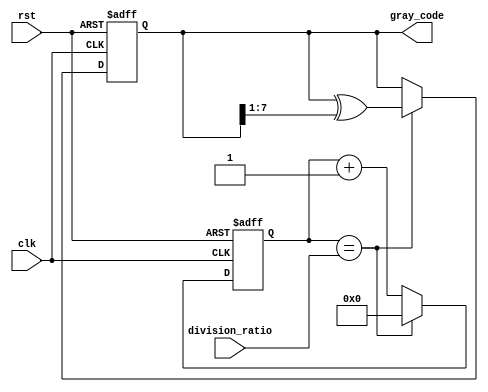
module gray_counter_clock_divider (
    input wire clk,
    input wire rst,
    input wire [7:0] division_ratio,
    output reg [7:0] gray_code
);

reg [7:0] counter;

always @(posedge clk or posedge rst) begin
    if (rst) begin
        counter <= 8'h00;
        gray_code <= 8'h00;
    end else begin
        counter <= counter + 1;
        if (counter == division_ratio) begin
            counter <= 8'h00;
            gray_code <= gray_code ^ (gray_code >> 1);
        end
    end
end

endmodule